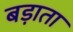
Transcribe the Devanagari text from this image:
बड़ाता